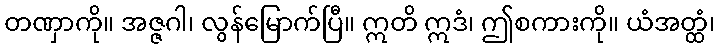
တဏှာကို။ အဇ္ဇဂါ၊ လွန်မြောက်ပြီ။ ဣတိ ဣဒံ၊ ဤစကားကို။ ယံအတ္ထံ၊